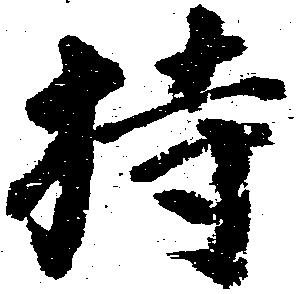
持